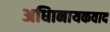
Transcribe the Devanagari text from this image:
अधिानायकवाद